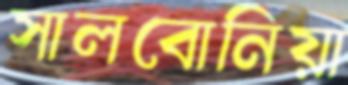
সালবোনিয়া